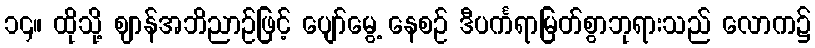
၁၄။ ထိုသို့ ဈာန်အဘိညာဉ်ဖြင့် ပျော်မွေ့ နေစဉ် ဒီပင်္ကရာမြတ်စွာဘုရားသည် လောက၌